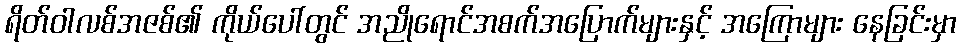
ရိတ်ဝါလစ်အဇစ်၏ ကိုယ်ပေါ်တွင် အညိုရောင်အစက်အပြောက်များနှင့် အကြောများ နေခြင်းမှာ